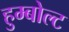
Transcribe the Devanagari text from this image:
हुम्बोल्ट